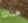
هناك